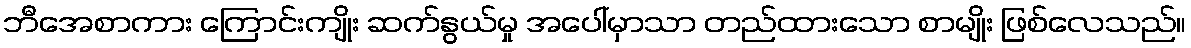
ဘီအေစာကား ကြောင်းကျိုး ဆက်နွယ်မှု အပေါ်မှာသာ တည်ထားသော စာမျိုး ဖြစ်လေသည်။